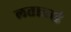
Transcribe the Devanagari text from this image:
लताताई